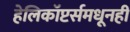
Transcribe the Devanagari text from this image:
हेलिकॉप्टर्समधूनही